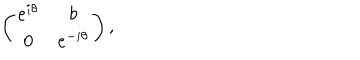
\left( \begin{array} { c c } { { e ^ { i \theta } } } & { { b } } \\ { { 0 } } & { { e ^ { - i \theta } } } \\ \end{array} \right) ,